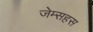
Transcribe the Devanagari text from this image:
जेम्सहस